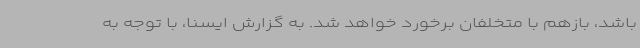
باشد، بازهم با متخلفان برخورد خواهد شد. به گزارش ایسنا، با توجه به